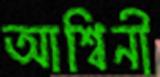
আশ্বিনী